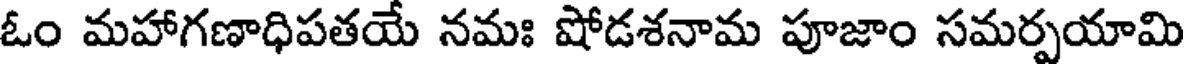
ఓం మహాగణాధిపతయే నమః షోడశనామ పూజాం సమర్పయామి